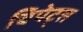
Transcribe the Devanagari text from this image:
चिपेट्स